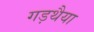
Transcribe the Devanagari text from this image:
गड़थैया